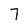
Character: 7